Tezpur Lunatic Asylum reports 1895-1904 - 1895-1904
Year: 1895
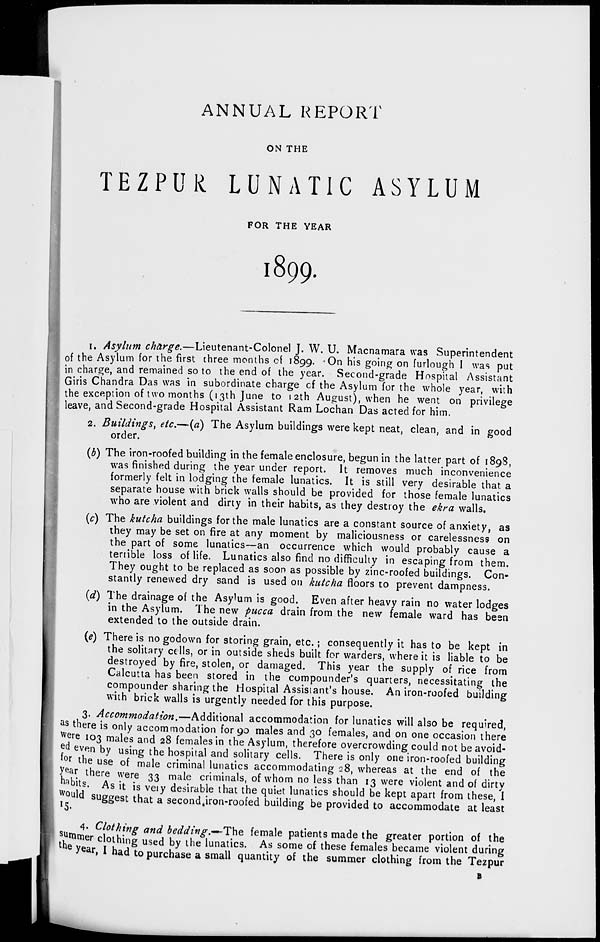
ANNUAL REPORT
ON THE
TEZPUR LUNATIC ASYLUM
FOR THE YEAR
1899.
1. Asylum charge.—Lieutenant-Colonel J. W. U. Macnamara was Superintendent
I of the Asylum for the first three months cf 1899. On his going on furlough I was put
I in charge, and remained so to the end of the year. Second-grade Hospital Assistant
Giris Chandra Das was in subordinate charge cf the Asylum for the whole year, with
[ the exception of two months (13th June to 12th August), when he went on privilege
leave, and Second-grade Hospital Assistant Ram Lochan Das acted for him.
2. Buildings, etc.—(a) The Asylum buildings were kept neat, clean, and in good
order.
(b) The iron-roofed building in the female enclosure, begun in the latter part of 1898,
was finished during the year under report. It removes much inconvenience
formerly felt in lodging the female lunatics. It is still very desirable that a
separate house with brick walls should be provided for those female lunatics
who are violent and dirty in their habits, as they destroy the ekra walls.
(c) The kutcha buildings for the male lunatics are a constant source of anxiety, as
they may be set on fire at any moment by maliciousness or carelessness on
the part of some lunatics—an occurrence which would probably cause a
terrible loss of life. Lunatics also find no difficulty in escaping from them.
They ought to be replaced as soon as possible by zinc-roofed buildings. Con-
stantly renewed dry sand is used on kutcha floors to prevent dampness.
(d) The drainage of the Asylum is good. Even after heavy rain no water lodges
in the Asylum. The new pucca drain from the new female ward has been
extended to the outside drain.
(e) There is no godown for storing grain, etc. ; consequently it has to be kept in
the solitary cells, or in outside sheds built for warders, where it is liable to be
destroyed by fire, stolen, or damaged. This year the supply of rice from
Calcutta has been stored in the compounder's quarters, necessitating the
compounder sharing the Hospital Assistant's house. An iron-roofed building
with brick walls is urgently needed for this purpose.
3- Accommodation.—Additional accommodation for lunatics will also be required,
as there is only accommodation for go males and 30 females, and on one occasion there
were 103 males and 28 females in the Asylum, therefore overcrowding could not be avoid-
ed even by using the hospital and solitary cells. There is only one iron-roofed building
r lne use of male criminal lunatics accommodating 28, whereas at the end of the
year there were 33 male criminals, of whom no less than 13 were violent and of dirty
a bits. As it is veiy desirable that the quiet lunatics should be kept apart from these, 1
would suggest that a second 4 iron-roofed building be provided to accommodate at least
5-
4« Clothing and bedding.—The female patients made the greater portion of the
mmer clothing used by the lunatics. As some of these females became violent during
Ve ar, I had to purchase a small quantity of the summer clothing from the Tezpur
Tezpi
B